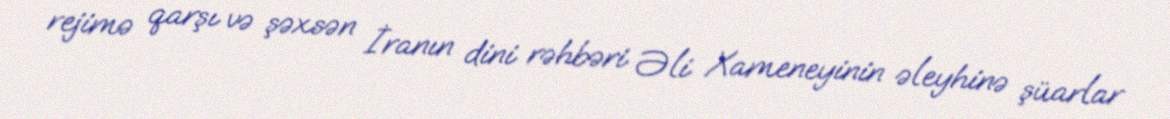
rejimə qarşı və şəxsən İranın dini rəhbəri Əli Xameneyinin əleyhinə şüarlar